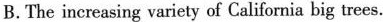
B.The increasing variety of California big trees.